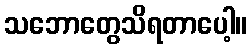
သဘောတွေသိရတာပေါ့။